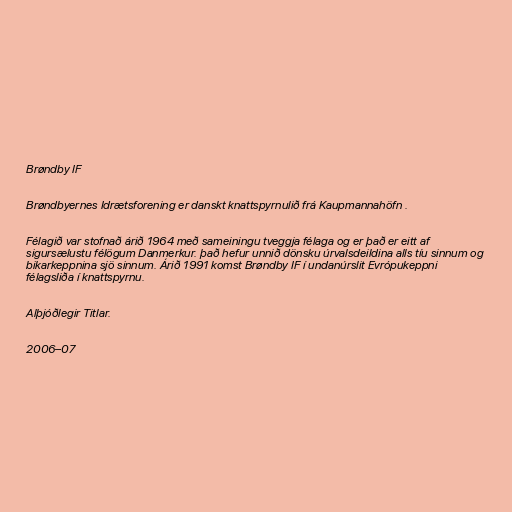
Brøndby IF

Brøndbyernes Idrætsforening er danskt knattspyrnulið frá Kaupmannahöfn .

Félagið var stofnað árið 1964 með sameiningu tveggja félaga og er það er eitt af
sigursælustu félögum Danmerkur. það hefur unnið dönsku úrvalsdeildina alls tíu sinnum og
bikarkeppnina sjö sinnum. Árið 1991 komst Brøndby IF í undanúrslit Evrópukeppni
félagsliða í knattspyrnu.

Alþjóðlegir Titlar.

2006–07